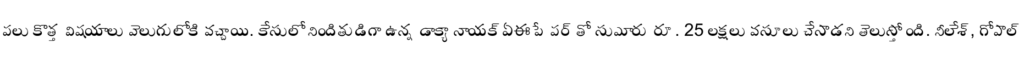
పలు కొత్త విషయాలు వెలుగులోకి వచ్చాయి. కేసులో నిందితుడిగా ఉన్న డాక్యా నాయక్ ఏఈ పేపర్ తో సుమారు రూ. 25 లక్షలు వసూలు చేసాడని తెలుస్తోంది. నీలేశ్, గోపాల్